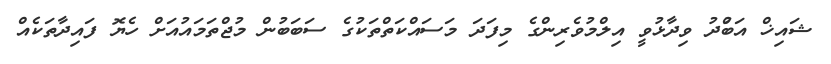
ޝައިޚް އަބްުދު ވިދާޅުވީ އިލްމުވެރިންގެ މިފަދަ މަސައްކަތްތަކުގެ ސަބަބުން މުޖްތަމައުއަށް ހެޔޮ ފައިދާތަކެއް